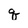
Character: q